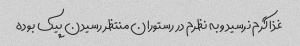
غذا گرم نرسید و به نظرم در رستوران منتظر رسیدن پیک بوده